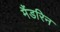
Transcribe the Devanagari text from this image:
मैंडरिन